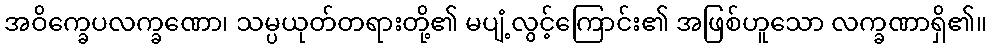
အဝိက္ခေပလက္ခဏော၊ သမ္ပယုတ်တရားတို့၏ မပျံ့လွင့်ကြောင်း၏ အဖြစ်ဟူသော လက္ခဏာရှိ၏။